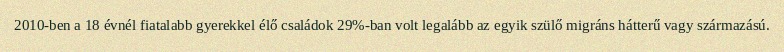
2010-ben a 18 évnél fiatalabb gyerekkel élő családok 29%-ban volt legalább az egyik szülő migráns hátterű vagy származású.